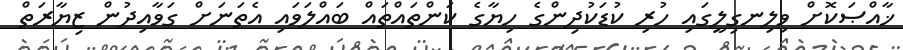
ޚާއްޞަކޮށް ވިލިނގިލީގައި ހުރި ކުޑަކުދިންގެ ހިޔާގެ ކަންތައްތައް ބައްލަވައި އެތަނަށް ގަވާއިދުން ޒިޔާރަތް